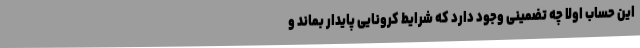
این حساب اولا چه تضمینی وجود دارد که شرایط کرونایی پایدار بماند و